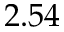
2 . 5 4